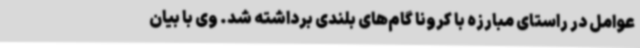
عوامل در راستای مبارزه با کرونا گام‌های بلندی برداشته شد. وی با بیان